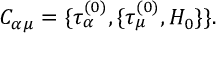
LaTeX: C _ { \alpha \mu } = \{ \tau _ { \alpha } ^ { ( 0 ) } , \{ \tau _ { \mu } ^ { ( 0 ) } , H _ { 0 } \} \} .